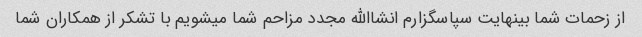
از زحمات شما بینهایت سپاسگزارم انشاالله مجدد مزاحم شما میشویم با تشکر از همکاران شما